Lunatic asylums Central Provinces reports 1874-1885 - 1874-1885
Year: 1874
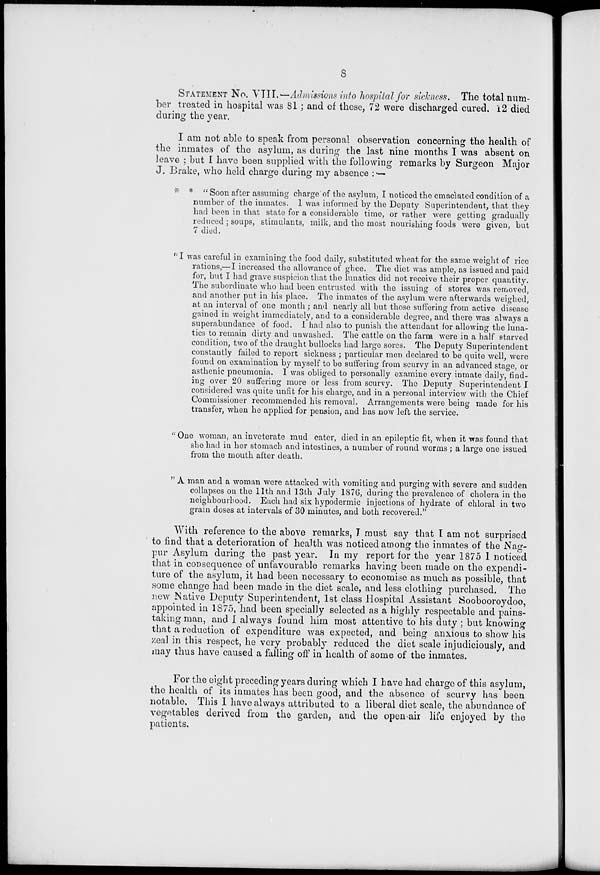
8
STATEMENT No. VIII.— Admissions into hospital for sickness. The total num-
ber treated in hospital was 81 ; and of these, 72 were discharged cured. 12 died
during the year.
I am not able to speak from personal observation concerning the health of
the inmates of the asylum, as during the last nine months I was absent on
leave ; but I have been supplied with the following remarks by Surgeon Major
J. Brake, who held charge during my absence :—
* * " Soon after assuming charge of the asylum, I noticed the emaciated condition of a
number of the inmates. 1 was informed by the Deputy Superintendent, that they
had been in that state for a considerable time, or rather were getting gradually
reduced ; soups, stimulants, milk, and the most nourishing foods were given, but
7 died.
"I was careful in examining the food daily, substituted wheat for the same weight of rice
rations,—I increased the allowance of ghee. The diet was ample, as issued and paid
for, but I had grave suspicion that the lunatics did not receive their proper quantity.
The subordinate who had been entrusted with the issuing of stores was removed,
and another put in his place. The inmates of the asylum were afterwards weighed,
at an interval of one month ; and nearly all but those suffering from active disease
gained in weight immediately, and to a considerable degree, and there was always a
superabundance of food. I had also to punish the attendant for allowing the luna-
tics to remain dirty and unwashed. The cattle on the farm were in a half starved
condition, two of the draught bullocks had large sores. The Deputy Superintendent
constantly failed to report sickness ; particular men declared to be quite well, were
found on examination by myself to be suffering from scurvy in an advanced stage, or
asthenic pneumonia. I was obliged to personally examine every inmate daily, find-
ing over 20 suffering more or less from scurvy. The Deputy Superintendent I
considered was quite unfit for his charge, and in a personal interview with the Chief
Commissioner recommended his removal. Arrangements were being made for his
transfer, when he applied for pension, and has now left the service.
"One woman, an inveterate mud eater, died in an epileptic fit, when it was found that
she had in her stomach and intestines, a number of round worms ; a large one issued
from the mouth after death.
" A man and a woman were attacked with vomiting and purging with severe and sudden
collapses on the 11th and 13th July 1876, during the prevalence of cholera in the
neighbourhood. Each had six hypodermic injections of hydrate of chloral in two
grain doses at intervals of 30 minutes, and both recovered."
With reference to the above remarks, I must say that I am not surprised
to find that a deterioration of health was noticed among the inmates of the Nag-
pur Asylum during the past year. In my report for the year 1875 I noticed
that in consequence of unfavourable remarks having been made on the expendi-
ture of the asylum, it had been necessary to economise as much as possible, that
some change had been made in the diet scale, and less clothing purchased. The
new Native Deputy Superintendent, 1st class Hospital Assistant Soobooroydoo,
appointed in 1875, had been specially selected as a highly respectable and pains-
taking man, and I always found him most attentive to his duty ; but knowing
that a reduction of expenditure was expected, and being anxious to show his
zeal in this respect, he very probably reduced the diet scale injudiciously, and
may thus have caused a falling off in health of some of the inmates.
For the eight preceding years during which I have had charge of this asylum,
the health of its inmates has been good, and the absence of scurvy has been
notable. This I have always attributed to a liberal diet scale, the abundance of
vegetables derived from the garden, and the open air life enjoyed by the
patients.